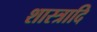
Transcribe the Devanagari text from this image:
शास्त्रादि